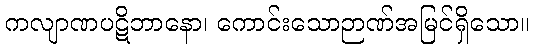
ကလျာဏပဋိဘာနော၊ ကောင်းသောဉာဏ်အမြင်ရှိသော။